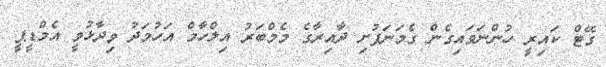
ގޭޓް ކައިރީ ހުންނަވައިގެން ގެމަނަފުށި ދާއިރާގެ މެމްބަރު އިލްހާމް އަހުމަދު ވިދާޅުވީ އެމްޑީޕީ